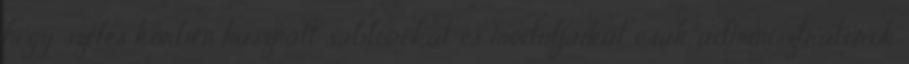
hogy széles körben használt sablonokat és moduljaikat csak adminisztrátorok